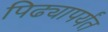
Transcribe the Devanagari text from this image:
पिढ्यापर्यंत